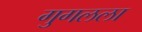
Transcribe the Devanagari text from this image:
गुगलला